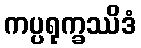
ကပ္ပရုက္ခဿိဒံ